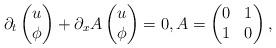
LaTeX: \begin{align*}\partial_t \left(\begin{matrix}u\\\phi\end{matrix}\right) + \partial_x A\left(\begin{matrix}u\\\phi\end{matrix}\right) = 0,A = \left(\begin{matrix}0&1\\1&0 \end{matrix}\right) ,\end{align*}